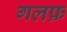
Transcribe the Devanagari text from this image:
गलफ़